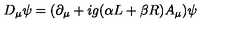
D _ { \mu } \psi = ( \partial _ { \mu } + i g ( \alpha L + \beta R ) A _ { \mu } ) \psi